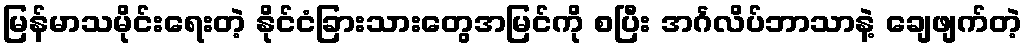
မြန်မာသမိုင်းရေးတဲ့ နိုင်ငံခြားသားတွေအမြင်ကို စပြီး အင်္ဂလိပ်ဘာသာနဲ့ ချေဖျက်တဲ့